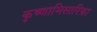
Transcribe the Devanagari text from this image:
कृष्णाभिसारिका